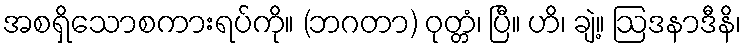
အစရှိသောစကားရပ်ကို။ (ဘဂတာ) ဝုတ္တံ၊ ပြီ။ ဟိ၊ ချဲ့။ ဩဒနာဒီနိ၊